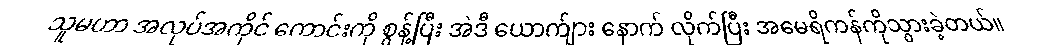
သူမဟာ အလုပ်အကိုင် ကောင်းကို စွန့်ပြီး အဲဒီ ယောက်ျား နောက် လိုက်ပြီး အမေရိကန်ကိုသွားခဲ့တယ်။